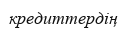
кредиттердің